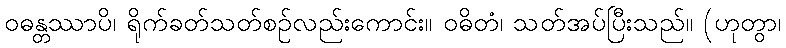
ဝဓန္တဿာပိ၊ ရိုက်ခတ်သတ်စဉ်လည်းကောင်း။ ဝဓိတံ၊ သတ်အပ်ပြီးသည်။ (ဟုတွာ၊